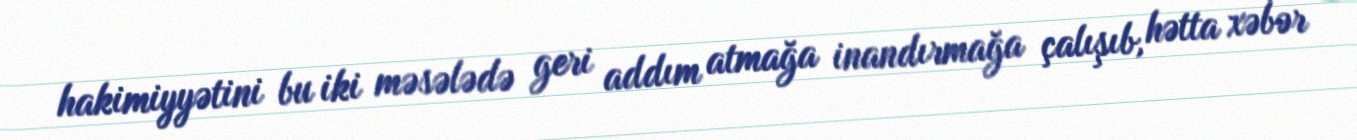
hakimiyyətini bu iki məsələdə geri addım atmağa inandırmağa çalışıb, hətta xəbər